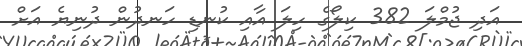
އަދި ޖުމްލަ 382 ކިލޯގެ ހިލަ އާއި ކުނޑި ހަނދުން ދުނިޔެ އަށް